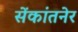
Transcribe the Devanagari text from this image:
सेंकांतनेर